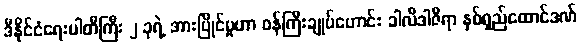
ဒီနိုင်ငံရေးပါတီကြီး ၂ ခုရဲ့ အားပြိုင်မှုဟာ ဝန်ကြီးချုပ်ဟောင်း ခါလီဒါဇီရာ နှစ်ရှည်ထောင်ဒဏ်